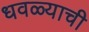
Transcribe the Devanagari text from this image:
धवळ्याची